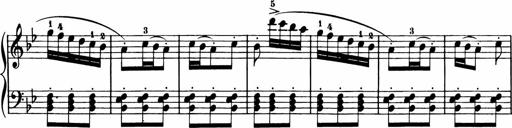
Title: 11 Sonatinas for Piano Solo
Composer: Anton Diabelli